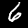
Label: 6